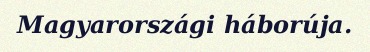
Magyarországi háborúja.